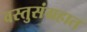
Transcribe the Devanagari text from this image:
वस्तुसंग्रहात